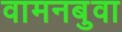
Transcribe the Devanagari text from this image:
वामनबुवा